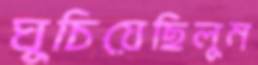
ঘুচিয়েছিলুম